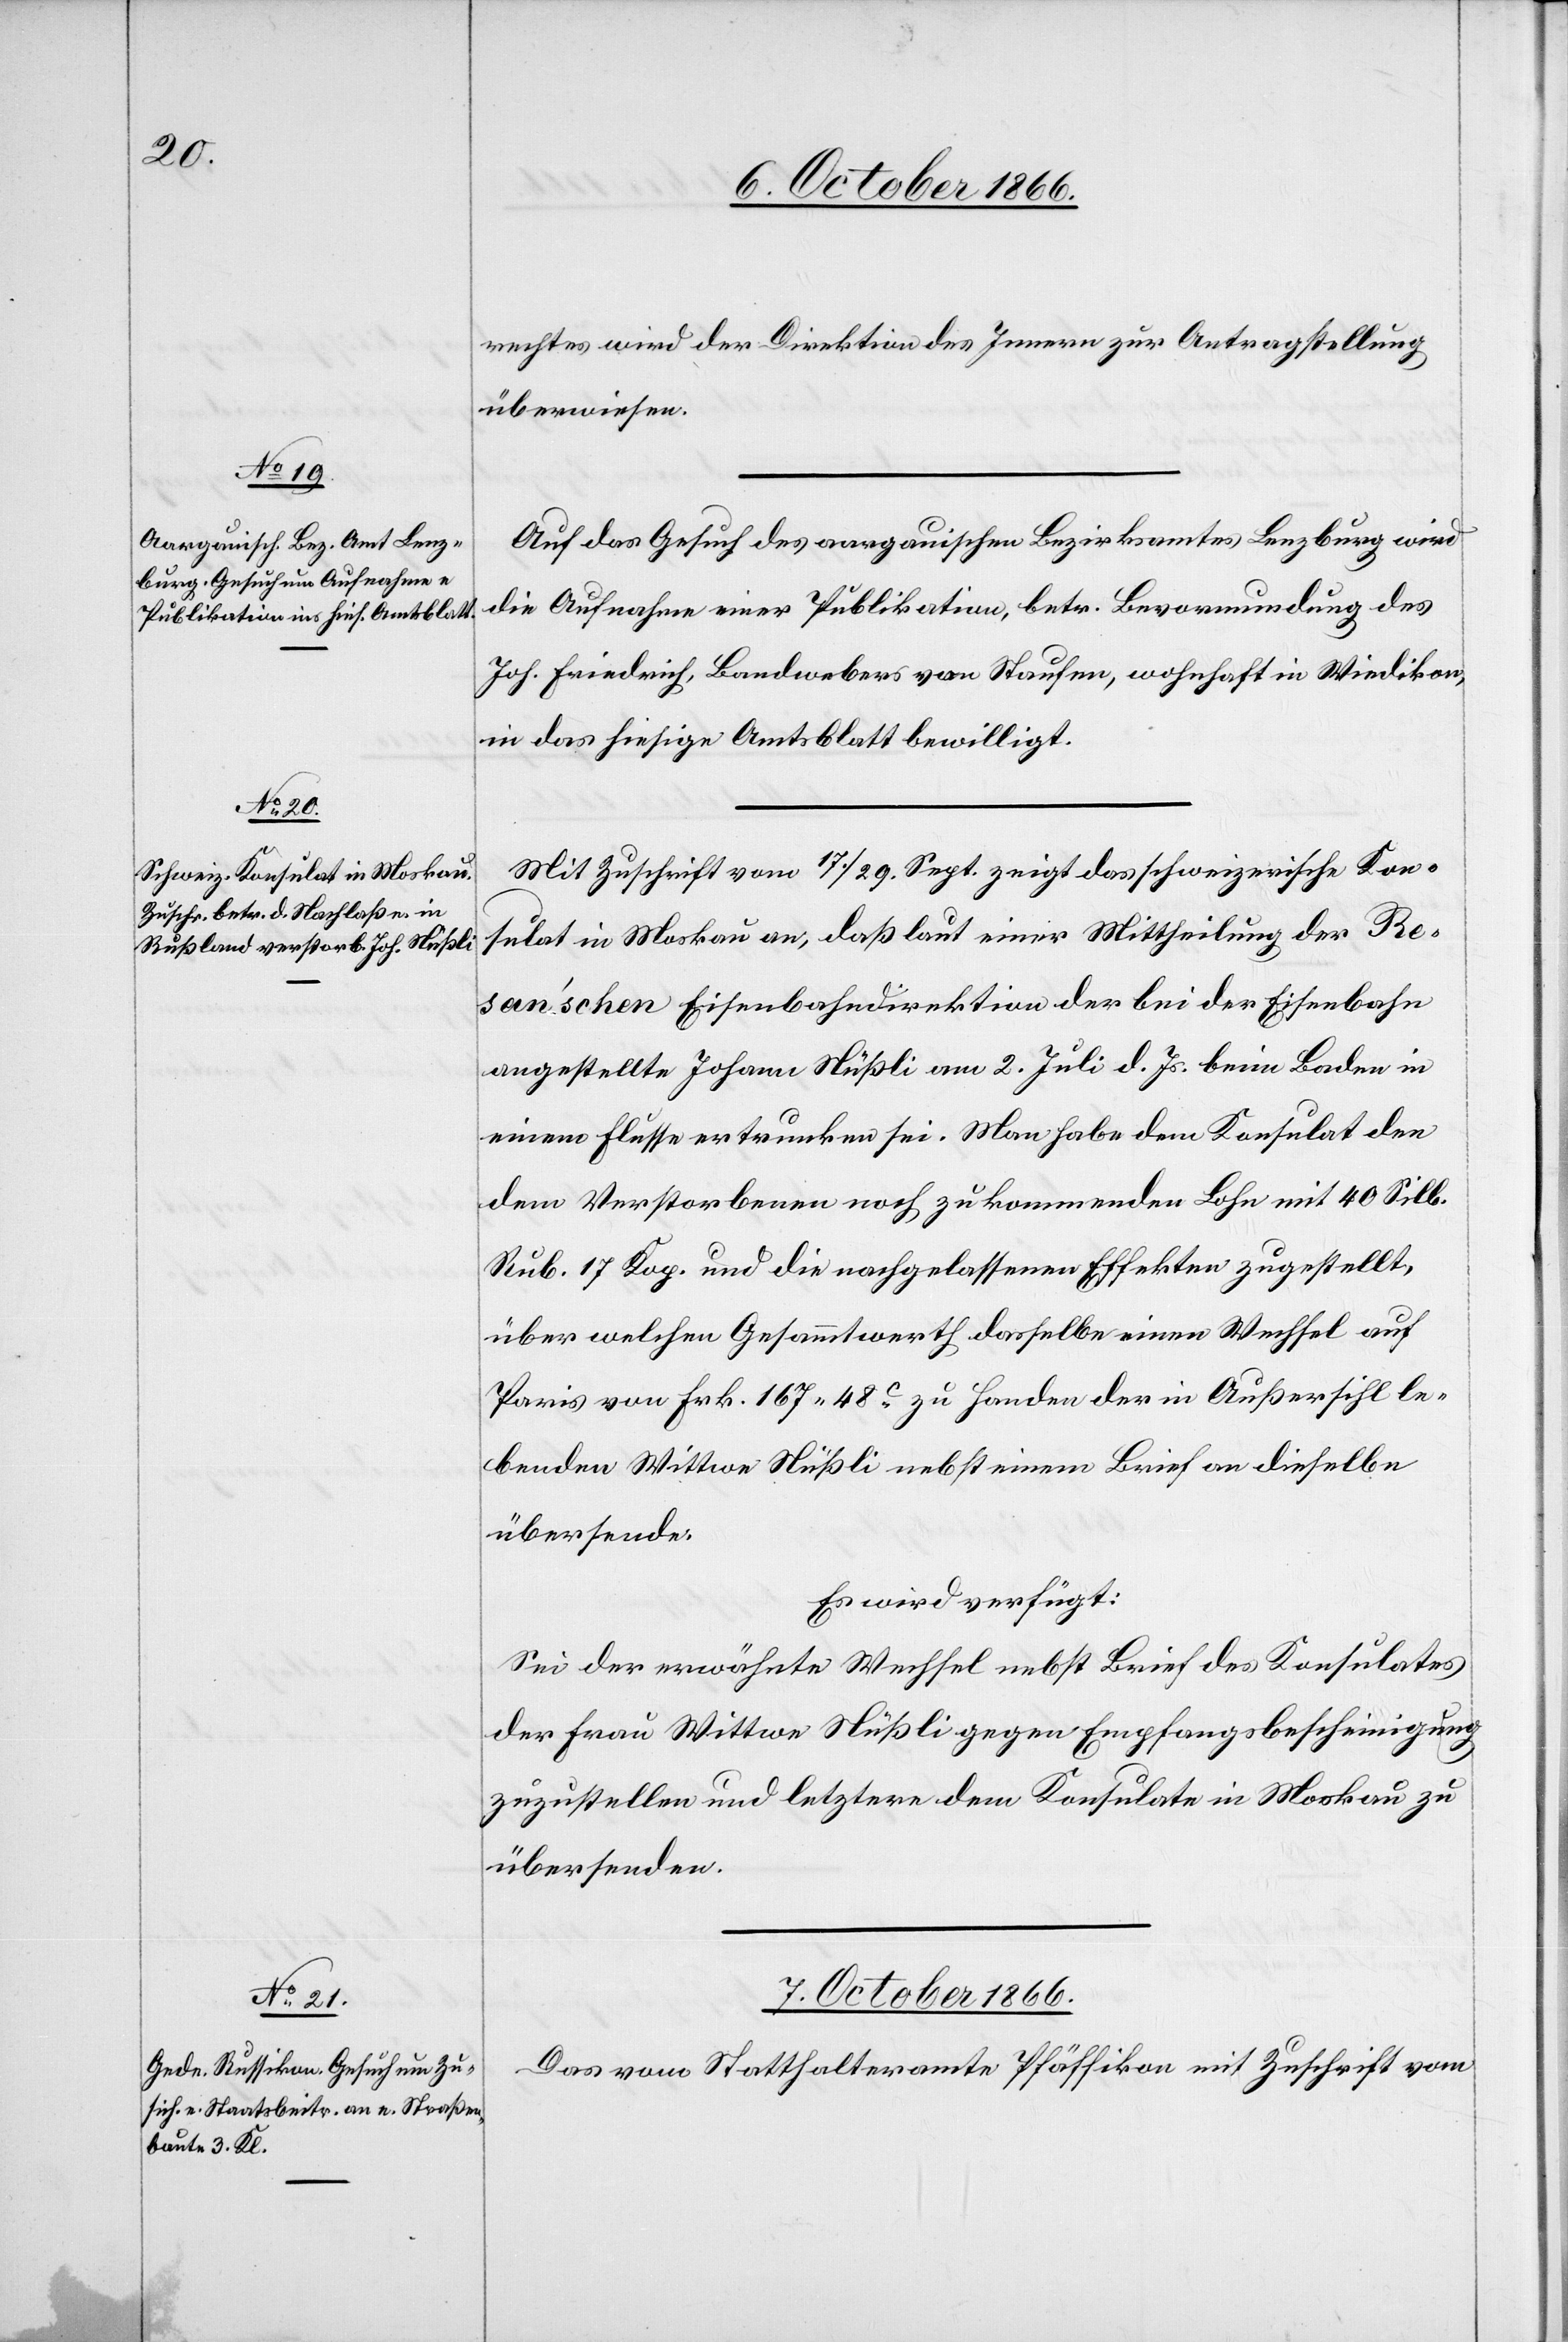
6. October 1866.]
rechtes wird der Direktion des Innern zur Antragstellung
überwiesen.
Auf das Gesuch des aargauischen Bezirksamtes Lenzburg wird
die Aufnahme einer Publikation, betr. Bevormundung des
Joh. Friedrich, Bandwebers von Staufen, wohnhaft in Wiedikon,
in das hiesige Amtsblatt bewilligt.
Mit Zuschrift vom 17./29. Sept. zeigt das schweizerische Kon¬
sulat in Moskau an, daß laut einer Mittheilung der Re¬
san’schen Eisenbahndirektion der bei der Eisenbahn
angestellte Johann Nüßli am 2. Juli d. Js. beim Baden in
einem Flusse ertrunken sei. Man habe dem Konsulat den
dem Verstorbenen noch zukommenden Lohn mit 40 Silb.
Rub. 17. Kop. und die nachgelassenen Effekten zugestellt,
über welchen Gesammtwerth dasselbe einen Wechsel auf
Paris von Frk. 167.48 c. zu Handen der in Außersihl le¬
benden Wittwe Nüßli nebst einem Brief an dieselbe
übersende.
Es wird verfügt:
Sei der erwähnte Wechsel nebst Brief des Konsulates
der Frau Wittwe Nüßli gegen Empfangsbescheinigung
zuzustellen und letztere dem Konsulate in Moskau zu
übersenden.
7. October 1866.
Das vom Statthalteramte Pfäffikon mit Zuschrift vom